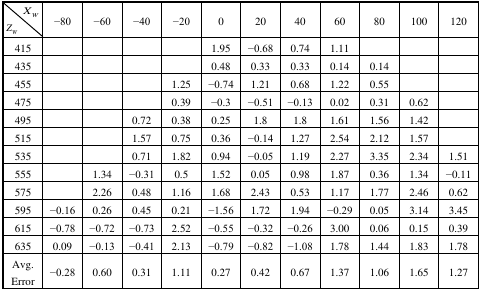
<table><thead><tr><td><b><i>X<sub>W</sub></i></b></td><td rowspan="2"><b>−80</b></td><td rowspan="2"><b>−60</b></td><td rowspan="2"><b>−40</b></td><td rowspan="2"><b>−20</b></td><td rowspan="2"><b>0</b></td><td rowspan="2"><b>20</b></td><td rowspan="2"><b>40</b></td><td rowspan="2"><b>60</b></td><td rowspan="2"><b>80</b></td><td rowspan="2"><b>100</b></td><td rowspan="2"><b>120</b></td></tr><tr><td><b><i>Z<sub>W</sub></i></b></td></tr></thead><tbody><tr><td>415</td><td></td><td></td><td></td><td></td><td>1.95</td><td>−0.68</td><td>0.74</td><td>1.11</td><td></td><td></td><td></td></tr><tr><td>435</td><td></td><td></td><td></td><td></td><td>0.48</td><td>0.33</td><td>0.33</td><td>0.14</td><td>0.14</td><td></td><td></td></tr><tr><td>455</td><td></td><td></td><td></td><td>1.25</td><td>−0.74</td><td>1.21</td><td>0.68</td><td>1.22</td><td>0.55</td><td></td><td></td></tr><tr><td>475</td><td></td><td></td><td></td><td>0.39</td><td>−0.3</td><td>−0.51</td><td>−0.13</td><td>0.02</td><td>0.31</td><td>0.62</td><td></td></tr><tr><td>495</td><td></td><td></td><td>0.72</td><td>0.38</td><td>0.25</td><td>1.8</td><td>1.8</td><td>1.61</td><td>1.56</td><td>1.42</td><td></td></tr><tr><td>515</td><td></td><td></td><td>1.57</td><td>0.75</td><td>0.36</td><td>−0.14</td><td>1.27</td><td>2.54</td><td>2.12</td><td>1.57</td><td></td></tr><tr><td>535</td><td></td><td></td><td>0.71</td><td>1.82</td><td>0.94</td><td>−0.05</td><td>1.19</td><td>2.27</td><td>3.35</td><td>2.34</td><td>1.51</td></tr><tr><td>555</td><td></td><td>1.34</td><td>−0.31</td><td>0.5</td><td>1.52</td><td>0.05</td><td>0.98</td><td>1.87</td><td>0.36</td><td>1.34</td><td>−0.11</td></tr><tr><td>575</td><td></td><td>2.26</td><td>0.48</td><td>1.16</td><td>1.68</td><td>2.43</td><td>0.53</td><td>1.17</td><td>1.77</td><td>2.46</td><td>0.62</td></tr><tr><td>595</td><td>−0.16</td><td>0.26</td><td>0.45</td><td>0.21</td><td>−1.56</td><td>1.72</td><td>1.94</td><td>−0.29</td><td>0.05</td><td>3.14</td><td>3.45</td></tr><tr><td>615</td><td>−0.78</td><td>−0.72</td><td>−0.73</td><td>2.52</td><td>−0.55</td><td>−0.32</td><td>−0.26</td><td>3.00</td><td>0.06</td><td>0.15</td><td>0.39</td></tr><tr><td>635</td><td>0.09</td><td>−0.13</td><td>−0.41</td><td>2.13</td><td>−0.79</td><td>−0.82</td><td>−1.08</td><td>1.78</td><td>1.44</td><td>1.83</td><td>1.78</td></tr><tr><td>Avg. Error</td><td>−0.28</td><td>0.60</td><td>0.31</td><td>1.11</td><td>0.27</td><td>0.42</td><td>0.67</td><td>1.37</td><td>1.06</td><td>1.65</td><td>1.27</td></tr></tbody></table>